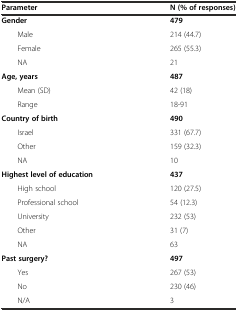
| Parameter | N (% of responses) |
 | --- | --- |
 | Gender | 479 |
 | Male | 214 (44.7) |
 | Female | 265 (55.3) |
 | NA | 21 |
 | Age, years | 487 |
 | Mean (SD) | 42 (18) |
 | Range | 18-91 |
 | Country of birth | 490 |
 | Israel | 331 (67.7) |
 | Other | 159 (32.3) |
 | NA | 10 |
 | Highest level of education | 437 |
 | High school | 120 (27.5) |
 | Professional school | 54 (12.3) |
 | University | 232 (53) |
 | Other | 31 (7) |
 | NA | 63 |
 | Past surgery? | 497 |
 | Yes | 267 (53) |
 | No | 230 (46) |
 | N/A | 3 |